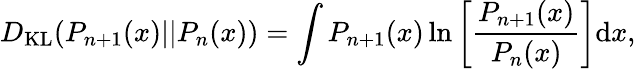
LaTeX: D_{\mathrm{KL}}(P_{n+1}(x)||P_{n}(x))=\int P_{n+1}(x)\ln\left[\frac{P_{n+1}(x)}{P_{n}(x)}\right]\mathrm{d}x,